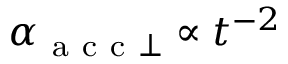
\alpha _ { \mathrm { ~ a ~ c ~ c ~ } \perp } \propto t ^ { - 2 }